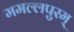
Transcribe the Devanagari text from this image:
ममल्लपुरम्